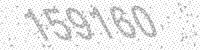
Solution: 159160